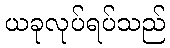
ယခုလုပ်ရပ်သည်